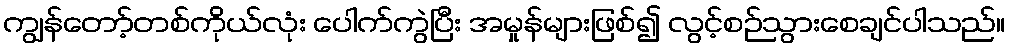
ကျွန်တော့်တစ်ကိုယ်လုံး ပေါက်ကွဲပြီး အမှုန်များဖြစ်၍ လွင့်စဉ်သွားစေချင်ပါသည်။